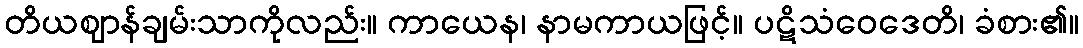
တိယဈာန်ချမ်းသာကိုလည်း။ ကာယေန၊ နာမကာယဖြင့်။ ပဋိသံဝေဒေတိ၊ ခံစား၏။